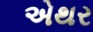
એથર